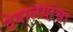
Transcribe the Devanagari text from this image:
देवालयांचा